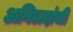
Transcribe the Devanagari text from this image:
अनिलदांची